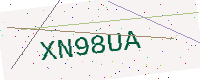
Text: XN98UA